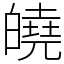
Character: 皢